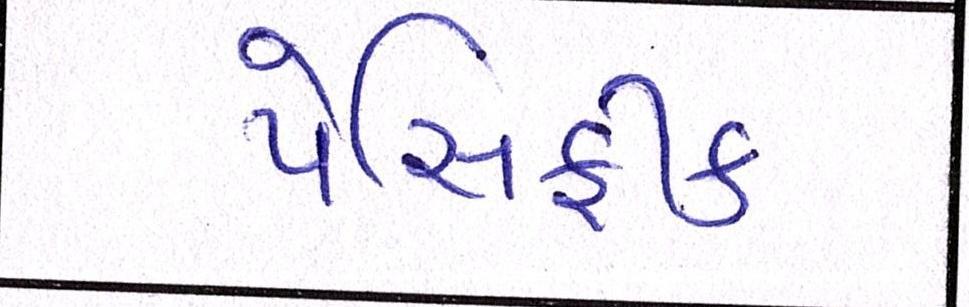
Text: પેસિફીક